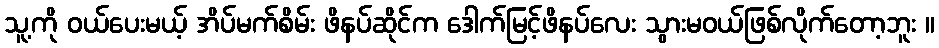
သူ့ကို ဝယ်ပေးမယ့် အိပ်မက်စိမ်း ဖိနပ်ဆိုင်က ဒေါက်မြင့်ဖိနပ်လေး သွားမဝယ်ဖြစ်လိုက်တော့ဘူး ။